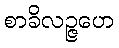
စာခိလဉ္ဇဟေ